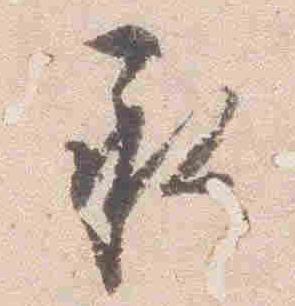
承